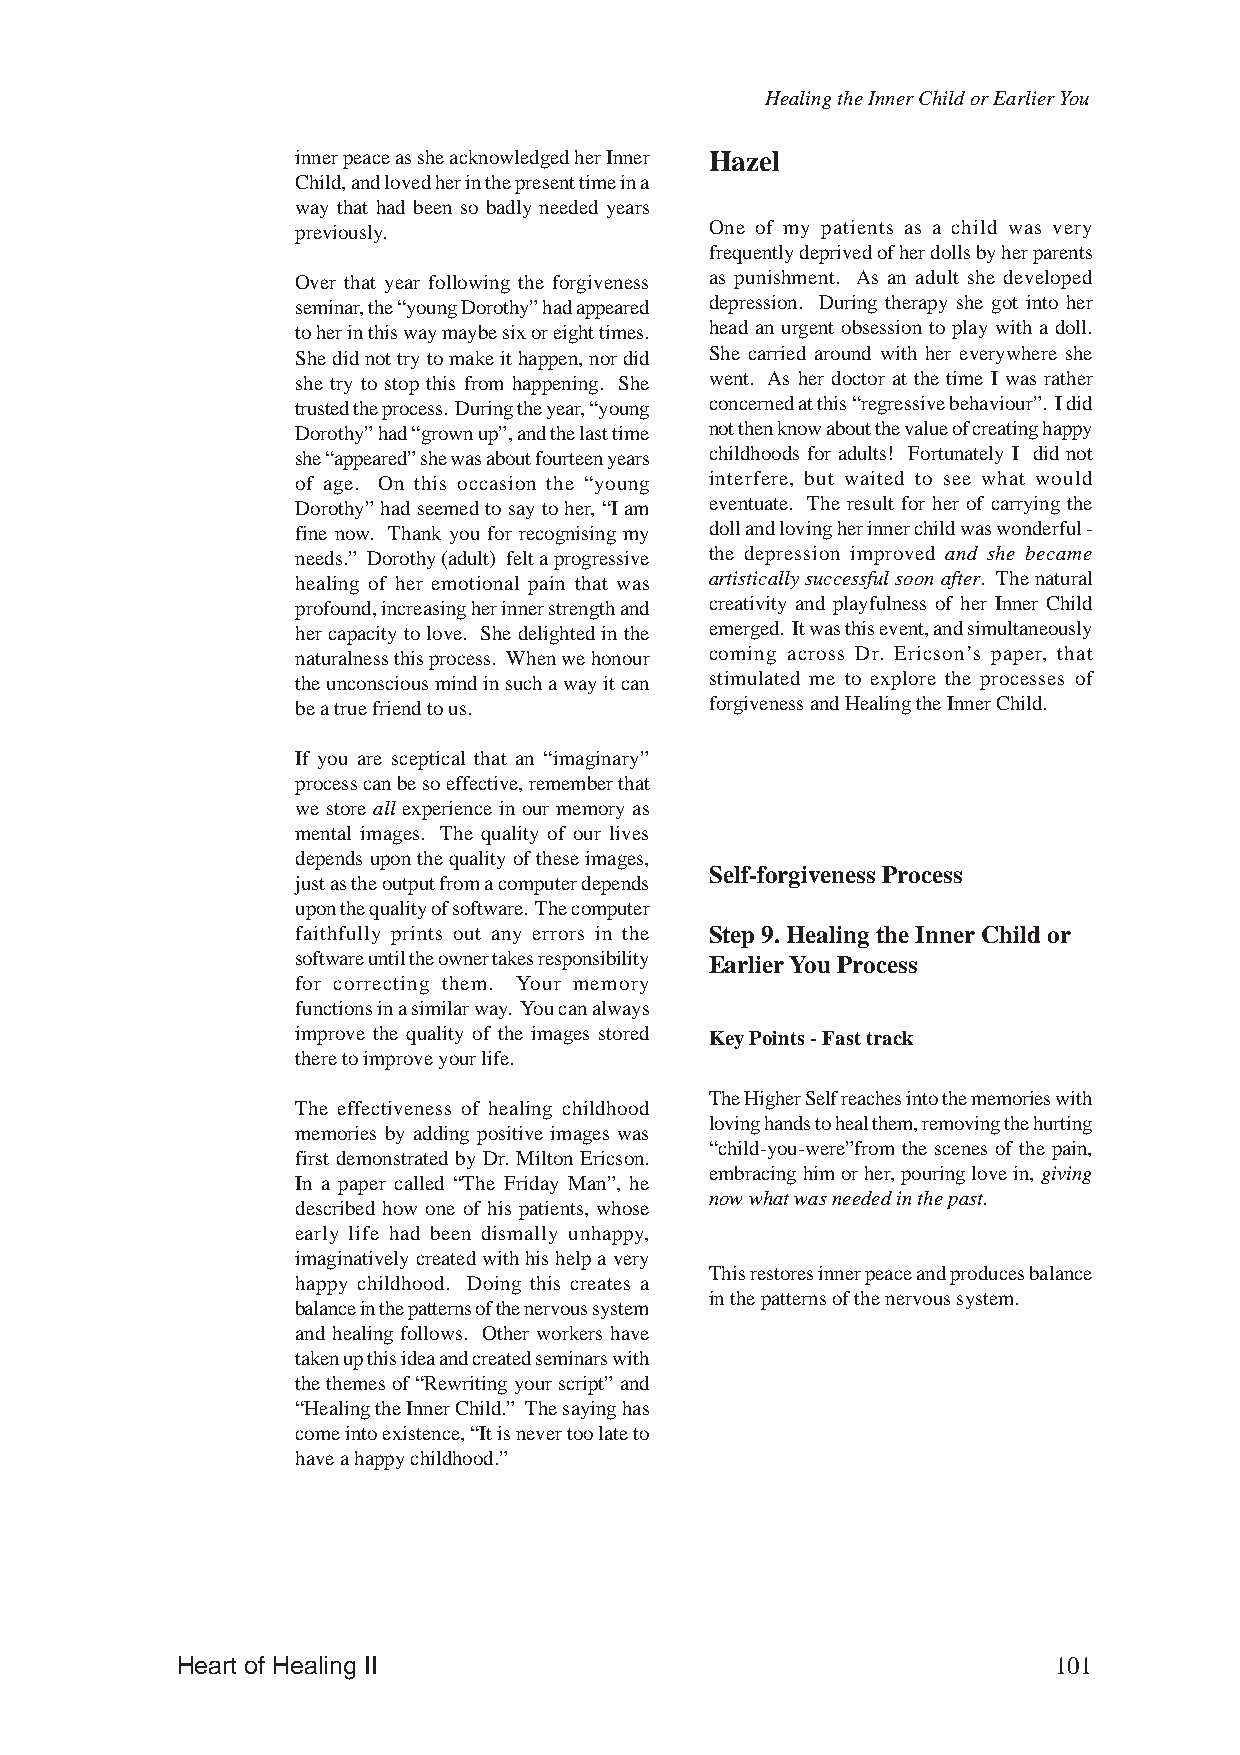
Healing the Inner Child or Earlier You
 inner peace as she acknowledged her Inner Hazel
 Child, and loved her in the present time in a
 way that had been so badly needed years
 previously.                One of my patients as a child was very
 frequently deprived of her dolls by her parents
 Over that year following the forgiveness as punishment. As an adult she developed
 seminar, the “young Dorothy” had appeared depression. During therapy she got into her
 to her in this way maybe six or eight times. head an urgent obsession to play with a doll.
 She did not try to make it happen, nor did She carried around with her everywhere she
 she try to stop this from happening. She went. As her doctor at the time I was rather
 trusted the process. During the year, “young concerned at this “regressive behaviour”. I did
 Dorothy” had “grown up”, and the last time not then know about the value of creating happy
 she “appeared” she was about fourteen years childhoods for adults! Fortunately I did not
 of age. On this occasion the “young interfere, but waited to see what would
 Dorothy” had seemed to say to her, “I am eventuate. The result for her of carrying the
 fine now. Thank you for recognising my doll and loving her inner child was wonderful -
 needs.” Dorothy (adult) felt a progressive the depression improved and she became
 healing of her emotional pain that was artistically successful soon after. The natural
 profound, increasing her inner strength and creativity and playfulness of her Inner Child
 her capacity to love. She delighted in the emerged. It was this event, and simultaneously
 naturalness this process. When we honour coming across Dr. Ericson’s paper, that
 the unconscious mind in such a way it can stimulated me to explore the processes of
 be a true friend to us.    forgiveness and Healing the Inner Child.
 If you are sceptical that an “imaginary”
 process can be so effective, remember that
 we store all experience in our memory as
 mental images. The quality of our lives
 depends upon the quality of these images,
 Self-forgiveness Process
 just as the output from a computer depends
 upon the quality of software. The computer
 faithfully prints out any errors in the Step 9. Healing the Inner Child or
 software until the owner takes responsibility Earlier You Process
 for correcting them. Your memory
 functions in a similar way. You can always
 improve the quality of the images stored Key Points - Fast track
 there to improve your life.
 The Higher Self reaches into the memories with
 The effectiveness of healing childhood
 loving hands to heal them, removing the hurting
 memories by adding positive images was
 “child-you-were”from the scenes of the pain,
 first demonstrated by Dr. Milton Ericson.
 embracing him or her, pouring love in, giving
 In a paper called “The Friday Man”, he
 now what was needed in the past.
 described how one of his patients, whose
 early life had been dismally unhappy,
 imaginatively created with his help a very
 This restores inner peace and produces balance
 happy childhood. Doing this creates a
 in the patterns of the nervous system.
 balance in the patterns of the nervous system
 and healing follows. Other workers have
 taken up this idea and created seminars with
 the themes of “Rewriting your script” and
 “Healing the Inner Child.” The saying has
 come into existence, “It is never too late to
 have a happy childhood.”
 Heart of Healing II                                       101